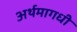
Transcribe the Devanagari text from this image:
अर्थमागधी